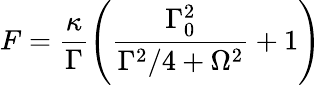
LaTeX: F=\frac{\kappa}{\Gamma}\left(\frac{\Gamma_{0}^{2}}{\Gamma^{2}/4+\Omega^{2}}+1\right)